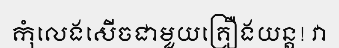
កុំលេងសើចជាមួយគ្រឿងយន្ត! វា